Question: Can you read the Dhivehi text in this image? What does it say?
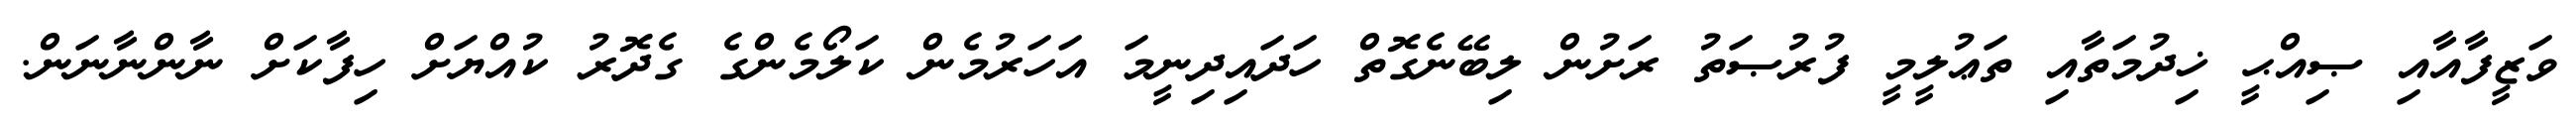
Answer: ވަޒީފާއާއި ޞިއްޙީ ޚިދުމަތާއި ތަޢުލީމީ ފުރުޞަތު ރަށުން ލިބޭނެގޮތް ހަދައިދިނީމަ އަހަރުމެން ކަލޯމެންގެ ގެދޮރު ކުއްޔަށް ހިފާކަށް ނާންނާނަން.